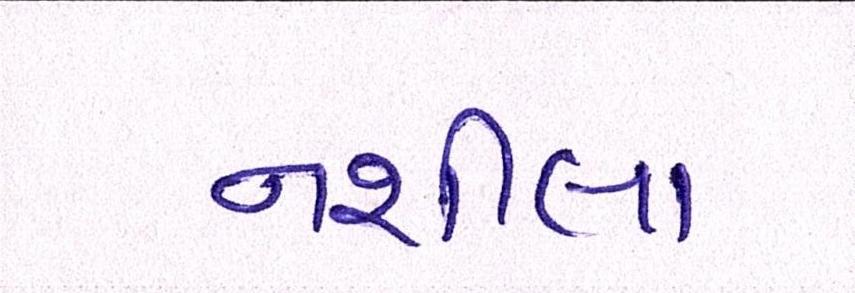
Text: નશીલા